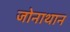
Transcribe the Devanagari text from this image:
जोनाथान